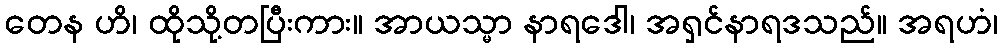
တေန ဟိ၊ ထိုသို့တပြီးကား။ အာယသ္မာ နာရဒေါ၊ အရှင်နာရဒသည်။ အရဟံ၊